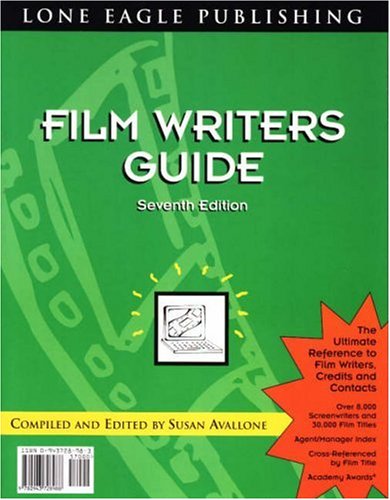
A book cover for Film Writers Guide--1998: 7th Edition; Susan Avallone; Humor & Entertainment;